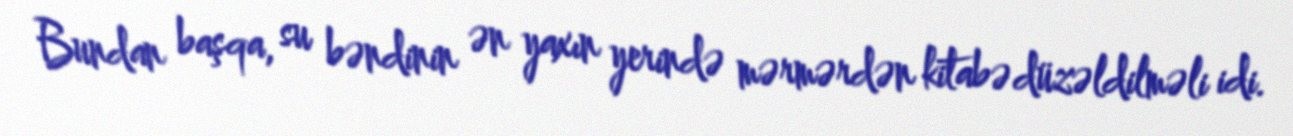
Bundan başqa, su bəndinin ən yaxın yerində mərmərdən kitabə düzəldilməli idi.